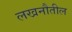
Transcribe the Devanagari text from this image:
लखनौतील